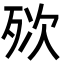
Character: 𣧸